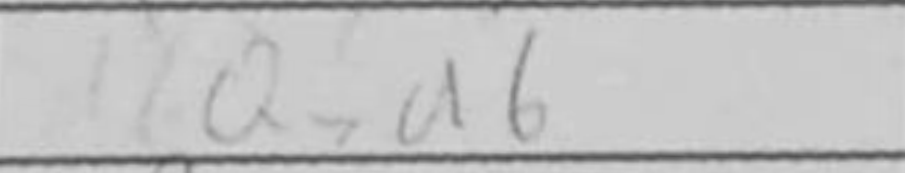
Transcription: Qxa6